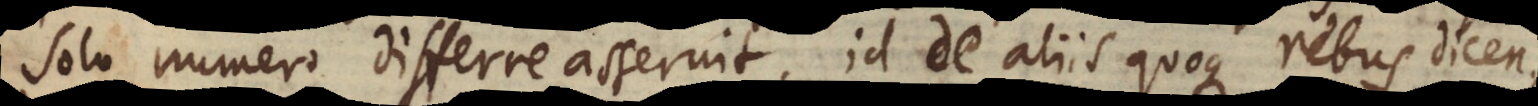
solo numero differre asseruit, id de aliis quoque rebus dicen